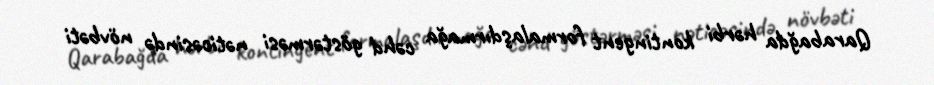
Qarabağda hərbi kontingent formalaşdırmağa cəhd göstərməsi nəticəsində növbəti